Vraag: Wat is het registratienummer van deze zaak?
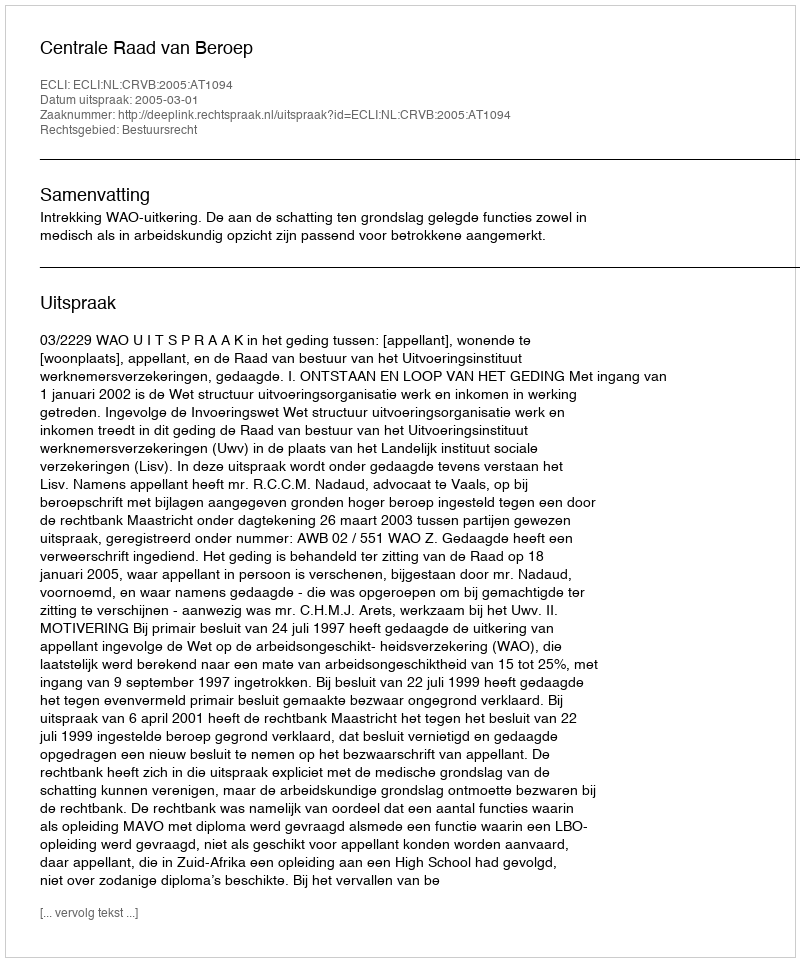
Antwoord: http://deeplink.rechtspraak.nl/uitspraak?id=ECLI:NL:CRVB:2005:AT1094